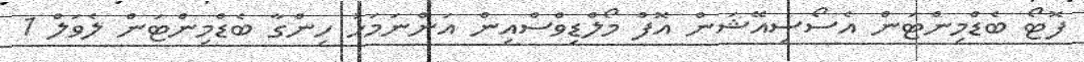
ފޮޓޯ ބެޑްމިންޓަން އެސޯސިއޭޝަން އޮފް މޯލްޑިވްސްއިން އަންނަމަހު ހިންގާ ބެޑްމިންޓަން ލެވަލް 1